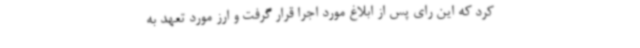
کرد که این رای پس از ابلاغ مورد اجرا قرار گرفت و ارز مورد تعهد به